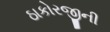
ઠાકોરજીની